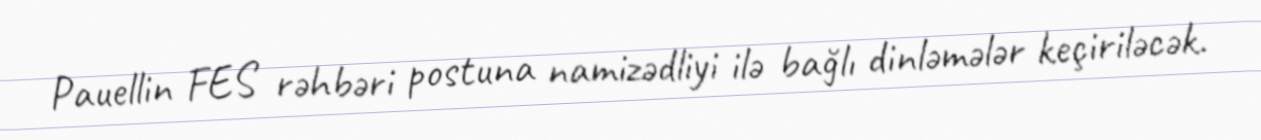
Pauellin FES rəhbəri postuna namizədliyi ilə bağlı dinləmələr keçiriləcək.